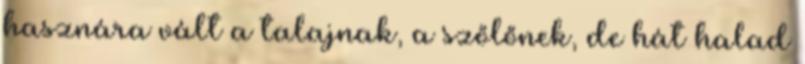
hasznára vált a talajnak, a szőlőnek, de hát halad